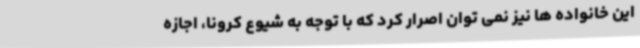
این خانواده ها نیز نمی توان اصرار کرد که با توجه به شیوع کرونا، اجازه